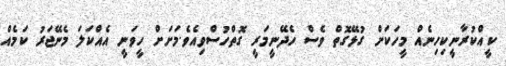
ކީއްކުރާނީކިހިނެއް މީހަކަށް ގުޅޭގޮތް ވެސް ހެދޭނީމަރީ ގޮތްހުސްވިއެވެ.މަށަށް ހީވަނީ އެއްކަލަ މެނޭޖަރު ކަމެއް